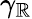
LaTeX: \gamma_{\mathbb{R}}